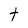
Character: t